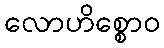
လောဟိစ္စောဝ